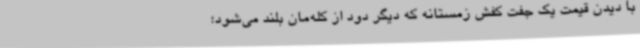
با دیدن قیمت یک جفت کفش زمستانه که دیگر دود از کله‌مان بلند می‌شود؛